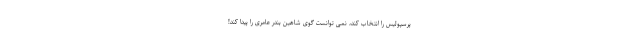
پرسپولیس را انتخاب کند، نمی توانست گوی شاهین بندر عامری را پیدا کند!